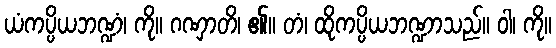
ယံကပ္ပိယဘဏ္ဍံ၊ ကို။ ဂဏှာတိ၊ ၏။ တံ၊ ထိုကပ္ပိယဘဏ္ဍာသည်။ ဝါ၊ ကို။